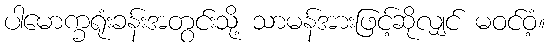
ပါမောက္ခရုံးခန်းအတွင်းသို့ သာမန်အားဖြင့်ဆိုလျှင် မဝင်ဝံ့။